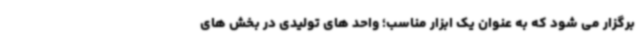
برگزار می شود که به عنوان یک ابزار مناسب؛ واحد های تولیدی در بخش های